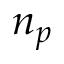
n _ { p }